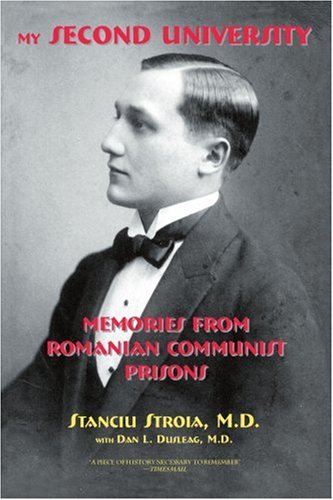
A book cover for My Second University: Memories from Romanian Communist Prisons; Dan Dusleag MD; History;